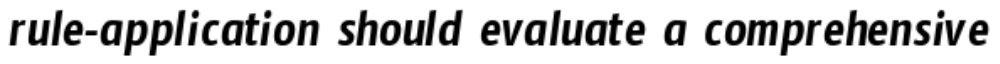
rule-application should evaluate a comprehensive